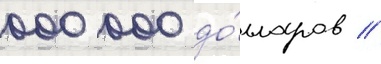
000 000 до́лларов //